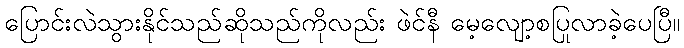
ပြောင်းလဲသွားနိုင်သည်ဆိုသည်ကိုလည်း ဖဲင်နီ မေ့လျော့စပြုလာခဲ့ပေပြီ။